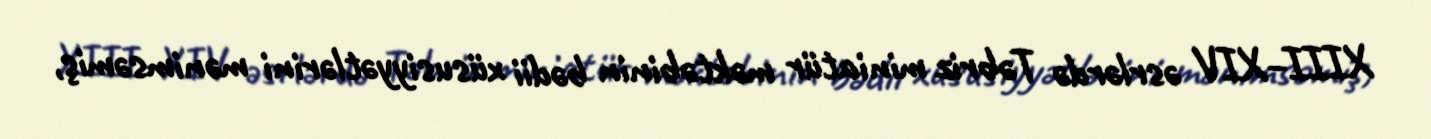
XIII–XIV əsrlərdə Təbriz miniatür məktəbinin bədii xüsusiyyətlərini mənimsəmiş,